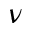
\nu